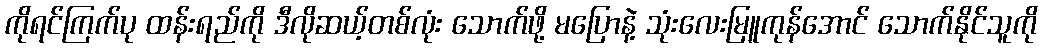
ကိုရင်ကြက်ပု ထန်းရည်ကို ဒီလိုဆယ့်တစ်လုံး သောက်ဖို့ မပြောနဲ့ သုံးလေးမြူကုန်အောင် သောက်နိုင်သူကို